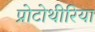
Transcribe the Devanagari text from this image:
प्रोटोथीरिया